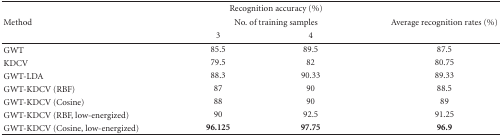
|  | <COLSPAN=2> Recognition accuracy (%) |  |
 | Method | <COLSPAN=2> No. of training samples | Average recognition rates (%) |
 |  | 3 | 4 |  |
 | --- | --- | --- | --- |
 | GWT | 85.5 | 89.5 | 87.5 |
 | KDCV | 79.5 | 82 | 80.75 |
 | GWT-LDA | 88.3 | 90.33 | 89.33 |
 | GWT-KDCV (RBF) | 87 | 90 | 88.5 |
 | GWT-KDCV (Cosine) | 88 | 90 | 89 |
 | GWT-KDCV (RBF, low-energized) | 90 | 92.5 | 91.25 |
 | GWT-KDCV (Cosine, low-energized) | 96.125 | 97.75 | 96.9 |